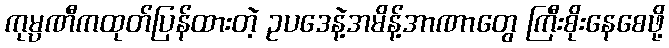
ကုမ္ပဏီကထုတ်ပြန်ထားတဲ့ ဥပဒေနဲ့အမိန့်အာဏာတွေ ကြီးစိုးနေစေဖို့